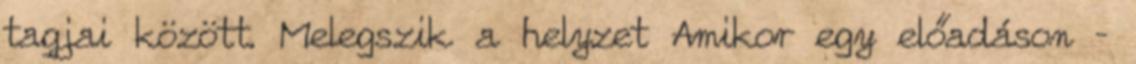
tagjai között. Melegszik a helyzet Amikor egy előadáson –